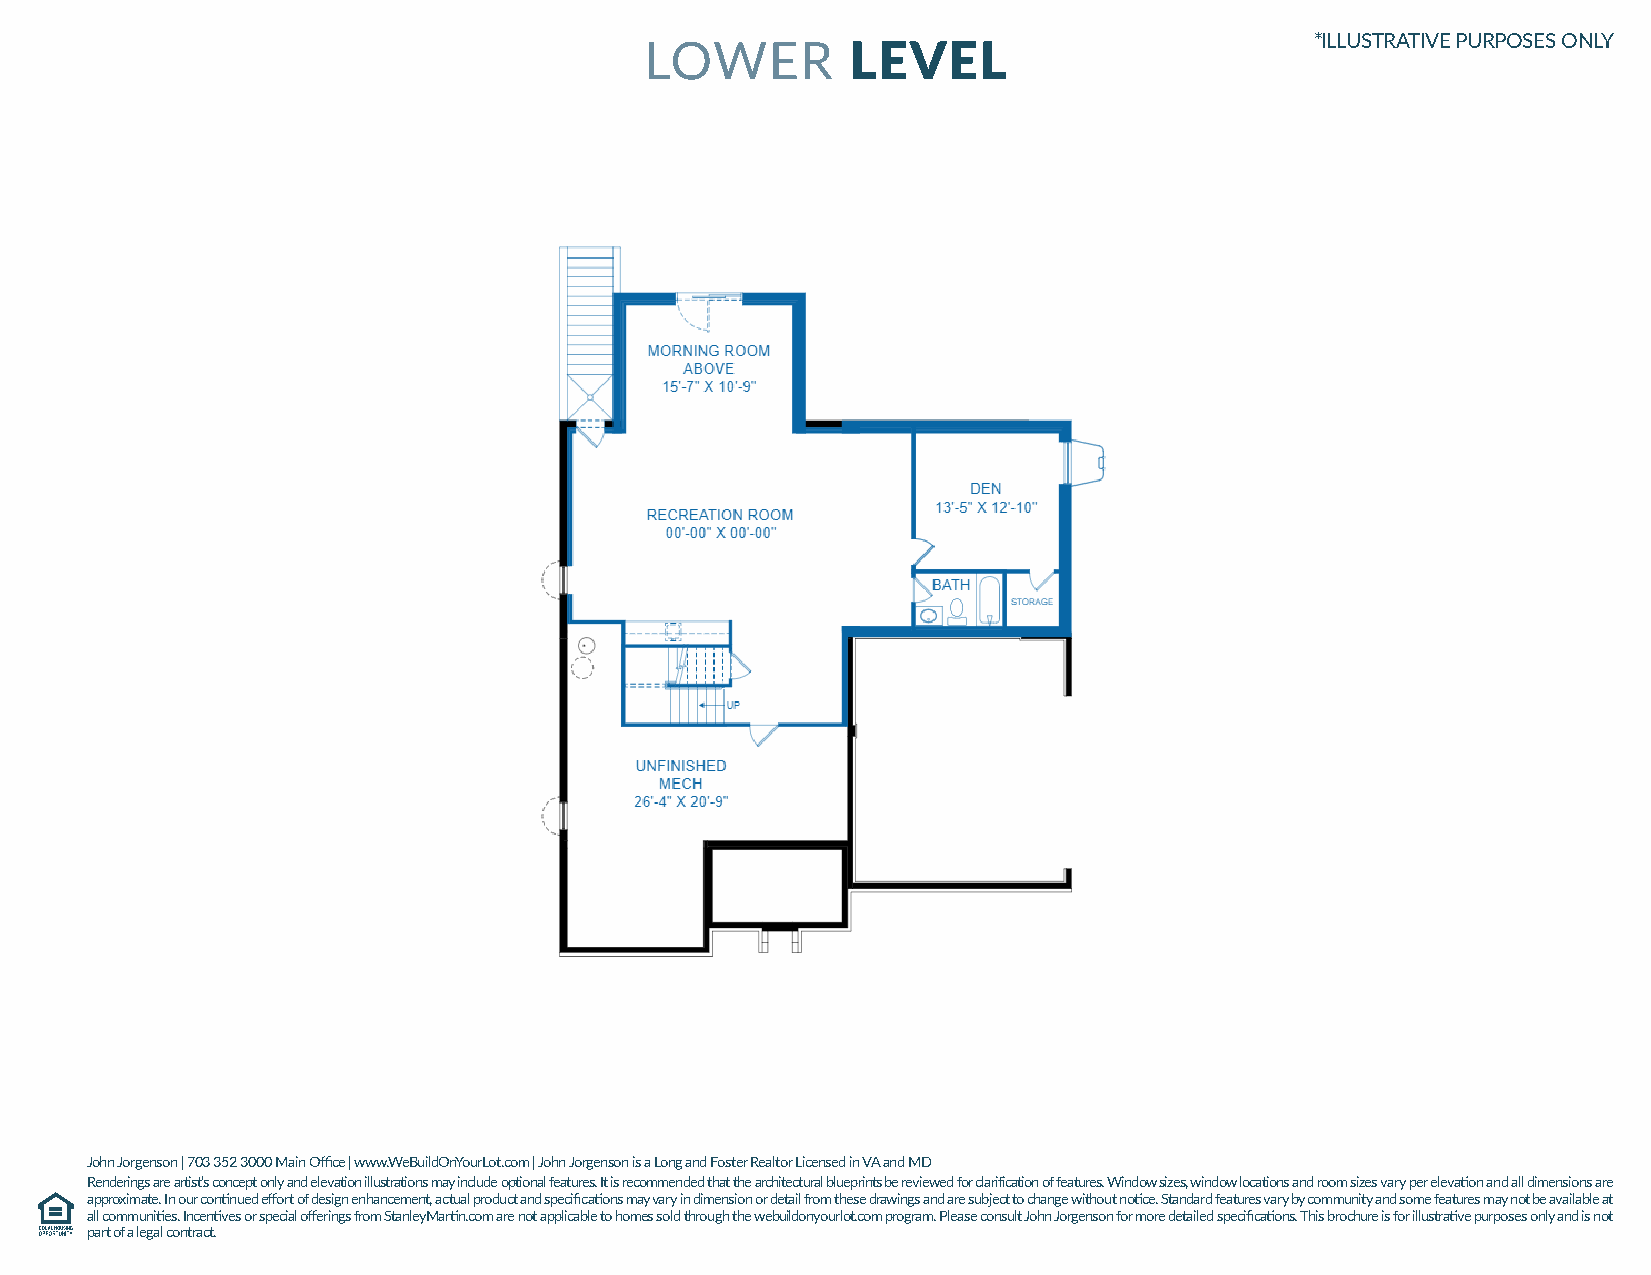
*ILLUSTRATIVE PURPOSES ONLY
 LOWER        LEVEL
 John Jorgenson | 703 352 3000 Main Office | www.WeBuildOnYourLot.com | John Jorgenson is a Long and Foster Realtor Licensed in VA and MD
 Renderings are artist’s concept only and elevation illustrations may include optional features. It is recommended that the architectural blueprints be reviewed for clarification of features. Window sizes, window locations and room sizes vary per elevation and all dimensions are
 approximate. In our continued effort of design enhancement, actual product and specifications may vary in dimension or detail from these drawings and are subject to change without notice. Standard features vary by community and some features may not be available at
 all communities. Incentives or special offerings from StanleyMartin.com are not applicable to homes sold through the webuildonyourlot.com program. Please consult John Jorgenson for more detailed specifications. This brochure is for illustrative purposes only and is not
 part of a legal contract.